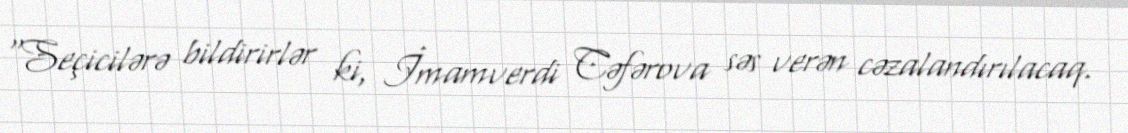
“Seçicilərə bildirirlər ki, İmamverdi Cəfərova səs verən cəzalandırılacaq.